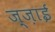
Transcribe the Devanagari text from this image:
ज़्ज़ाई